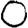
Digit: 0